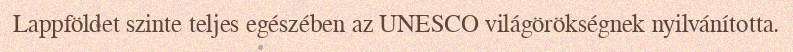
Lappföldet szinte teljes egészében az UNESCO világörökségnek nyilvánította.